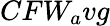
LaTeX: CFW_{a}vg